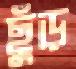
ছুঁড়